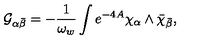
{ \cal G } _ { \alpha { \bar { \beta } } } = - { \frac { 1 } { \omega _ { w } } } \int e ^ { - 4 A } \chi _ { \alpha } \wedge { \bar { \chi } } _ { \bar { \beta } } ,